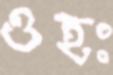
ওহঃ